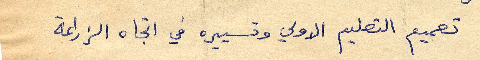
تعميم التعليم الاولي وتسييره في اتجاه الزراعة